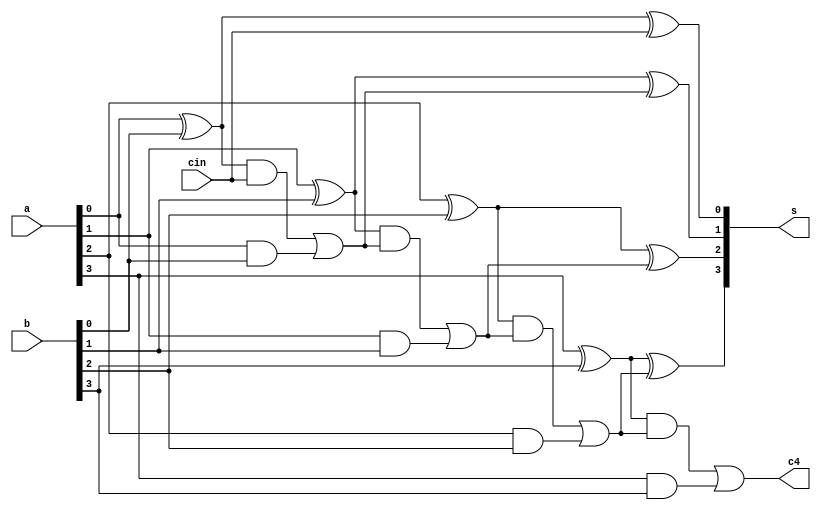
`timescale 1ns / 1ps

module adder4bit(//9input, 5output
input [3:0] a,b,
input cin,
output [3:0] s,
output c4
    );
    wire c1, c2, c3;
    assign s[0] = (a[0]^b[0])^cin,
    c1 = ((a[0]^b[0])&cin) | (a[0]&b[0]),
    s[1] = (a[1]^b[1])^c1,
    c2 = ((a[1]^b[1])&c1) | (a[1]&b[1]),
    s[2] = (a[2]^b[2])^c2,
    c3 = ((a[2]^b[2])&c2) | (a[2]&b[2]),
    s[3] = (a[3]^b[3])^c3,
    c4 = ((a[3]^b[3])&c3) | (a[3]&b[3]);
endmodule